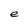
Character: e